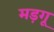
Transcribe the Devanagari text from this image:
मड़गू